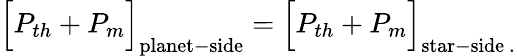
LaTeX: \Big[P_{th}+P_{m}\Big]_{\mathrm{{planet-side}}}=\Big[P_{th}+P_{m}\Big]_{\mathrm{{star-side}\ .}}